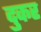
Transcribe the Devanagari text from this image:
दुकर